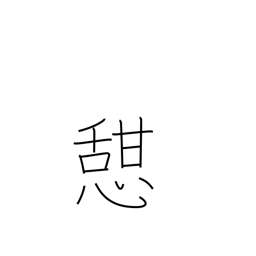
Meaning: take rest